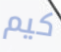
كيم